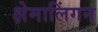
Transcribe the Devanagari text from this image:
क्षेमालिंगन